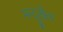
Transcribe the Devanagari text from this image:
मन्दूखैल